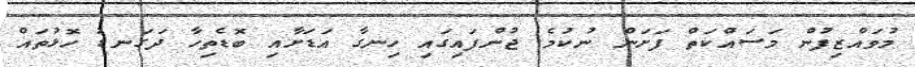
މުވައްޒިފުން މަސައްކަތް ފަށަން ނުކުމެ ޖުންފައިގައި ހިނގާ އަޑަށާއި ބޮޑެތިހާ ދަގަނޑު ހޮޅުތައް